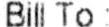
BILL TO: